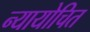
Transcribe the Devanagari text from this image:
न्‍यायोचित